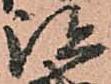
跡